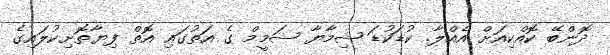
ދޮންބޭ ކޮއްކިއަށް އެއްލާ. ކުޑަކުޑަ ޝިމާޔާ ޝަމީމް ގެ އަތުގައި އޮތް ފިޔާތޮށިކުލައިގެ